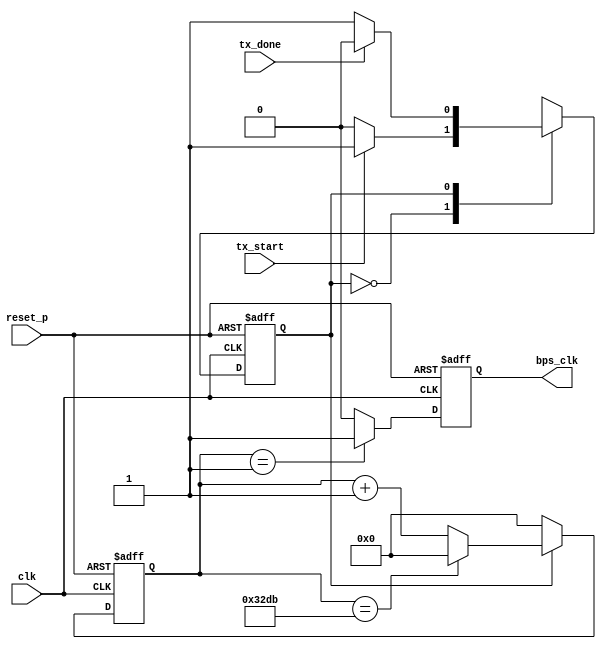
`timescale 1ns / 1ps
module tx_clk_gen
#(
	parameter	CLK_FREQUENCE	= 125_000_000,		//hz
				BAUD_RATE		= 9600		 		//960019200 38400 57600 115200230400460800921600
)
(
	input					clk			,	//system_clk
	input					reset_p		,	//system_reset
	input					tx_done		,	//once_tx_done
	input					tx_start	,	//once_tx_start
	output	reg				bps_clk		 	//baud_rate_clk
);

localparam	BPS_CNT	=	CLK_FREQUENCE/BAUD_RATE-1,
			BPS_WD	=	log2(BPS_CNT);

reg	[BPS_WD-1:0] count;
reg c_state;
reg n_state;
//FSM-1			1'b0:IDLE	1'b1:send_data
always @(posedge clk or posedge reset_p) begin
	if (reset_p)
		c_state <= 1'b0;
	else
		c_state <= n_state;
end
//FSM-2
always @(*) begin
	case (c_state)
		1'b0: n_state = tx_start ? 1'b1 : 1'b0;
		1'b1: n_state = tx_done ? 1'b0 : 1'b1;
		default: n_state = 1'b0;
	endcase
end
//FSM-3 FSM's output(count_en) is equal to c_state

//baud_rate_clk_counter
always @(posedge clk or posedge reset_p) begin
	if (reset_p)
		count <= {BPS_WD{1'b0}};
	else if (!c_state)
		count <= {BPS_WD{1'b0}};
	else begin
		if (count == BPS_CNT) 
			count <= {BPS_WD{1'b0}};
		else
			count <= count + 1'b1;
	end
end
//baud_rate_clk_output
always @(posedge clk or posedge reset_p) begin
	if (reset_p)
		bps_clk <= 1'b0;
	else if (count == 'd1)
		bps_clk <= 1'b1;
	else
		bps_clk <= 1'b0;
end
//get_the_width_of_
function integer log2(input integer v);
  begin
	log2=0;
	while(v>>log2) 
	  log2=log2+1;
  end
endfunction

endmodule